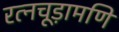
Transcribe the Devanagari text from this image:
रत्नचूड़ामणि